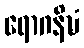
ရောဂနိဍ္ဎံ